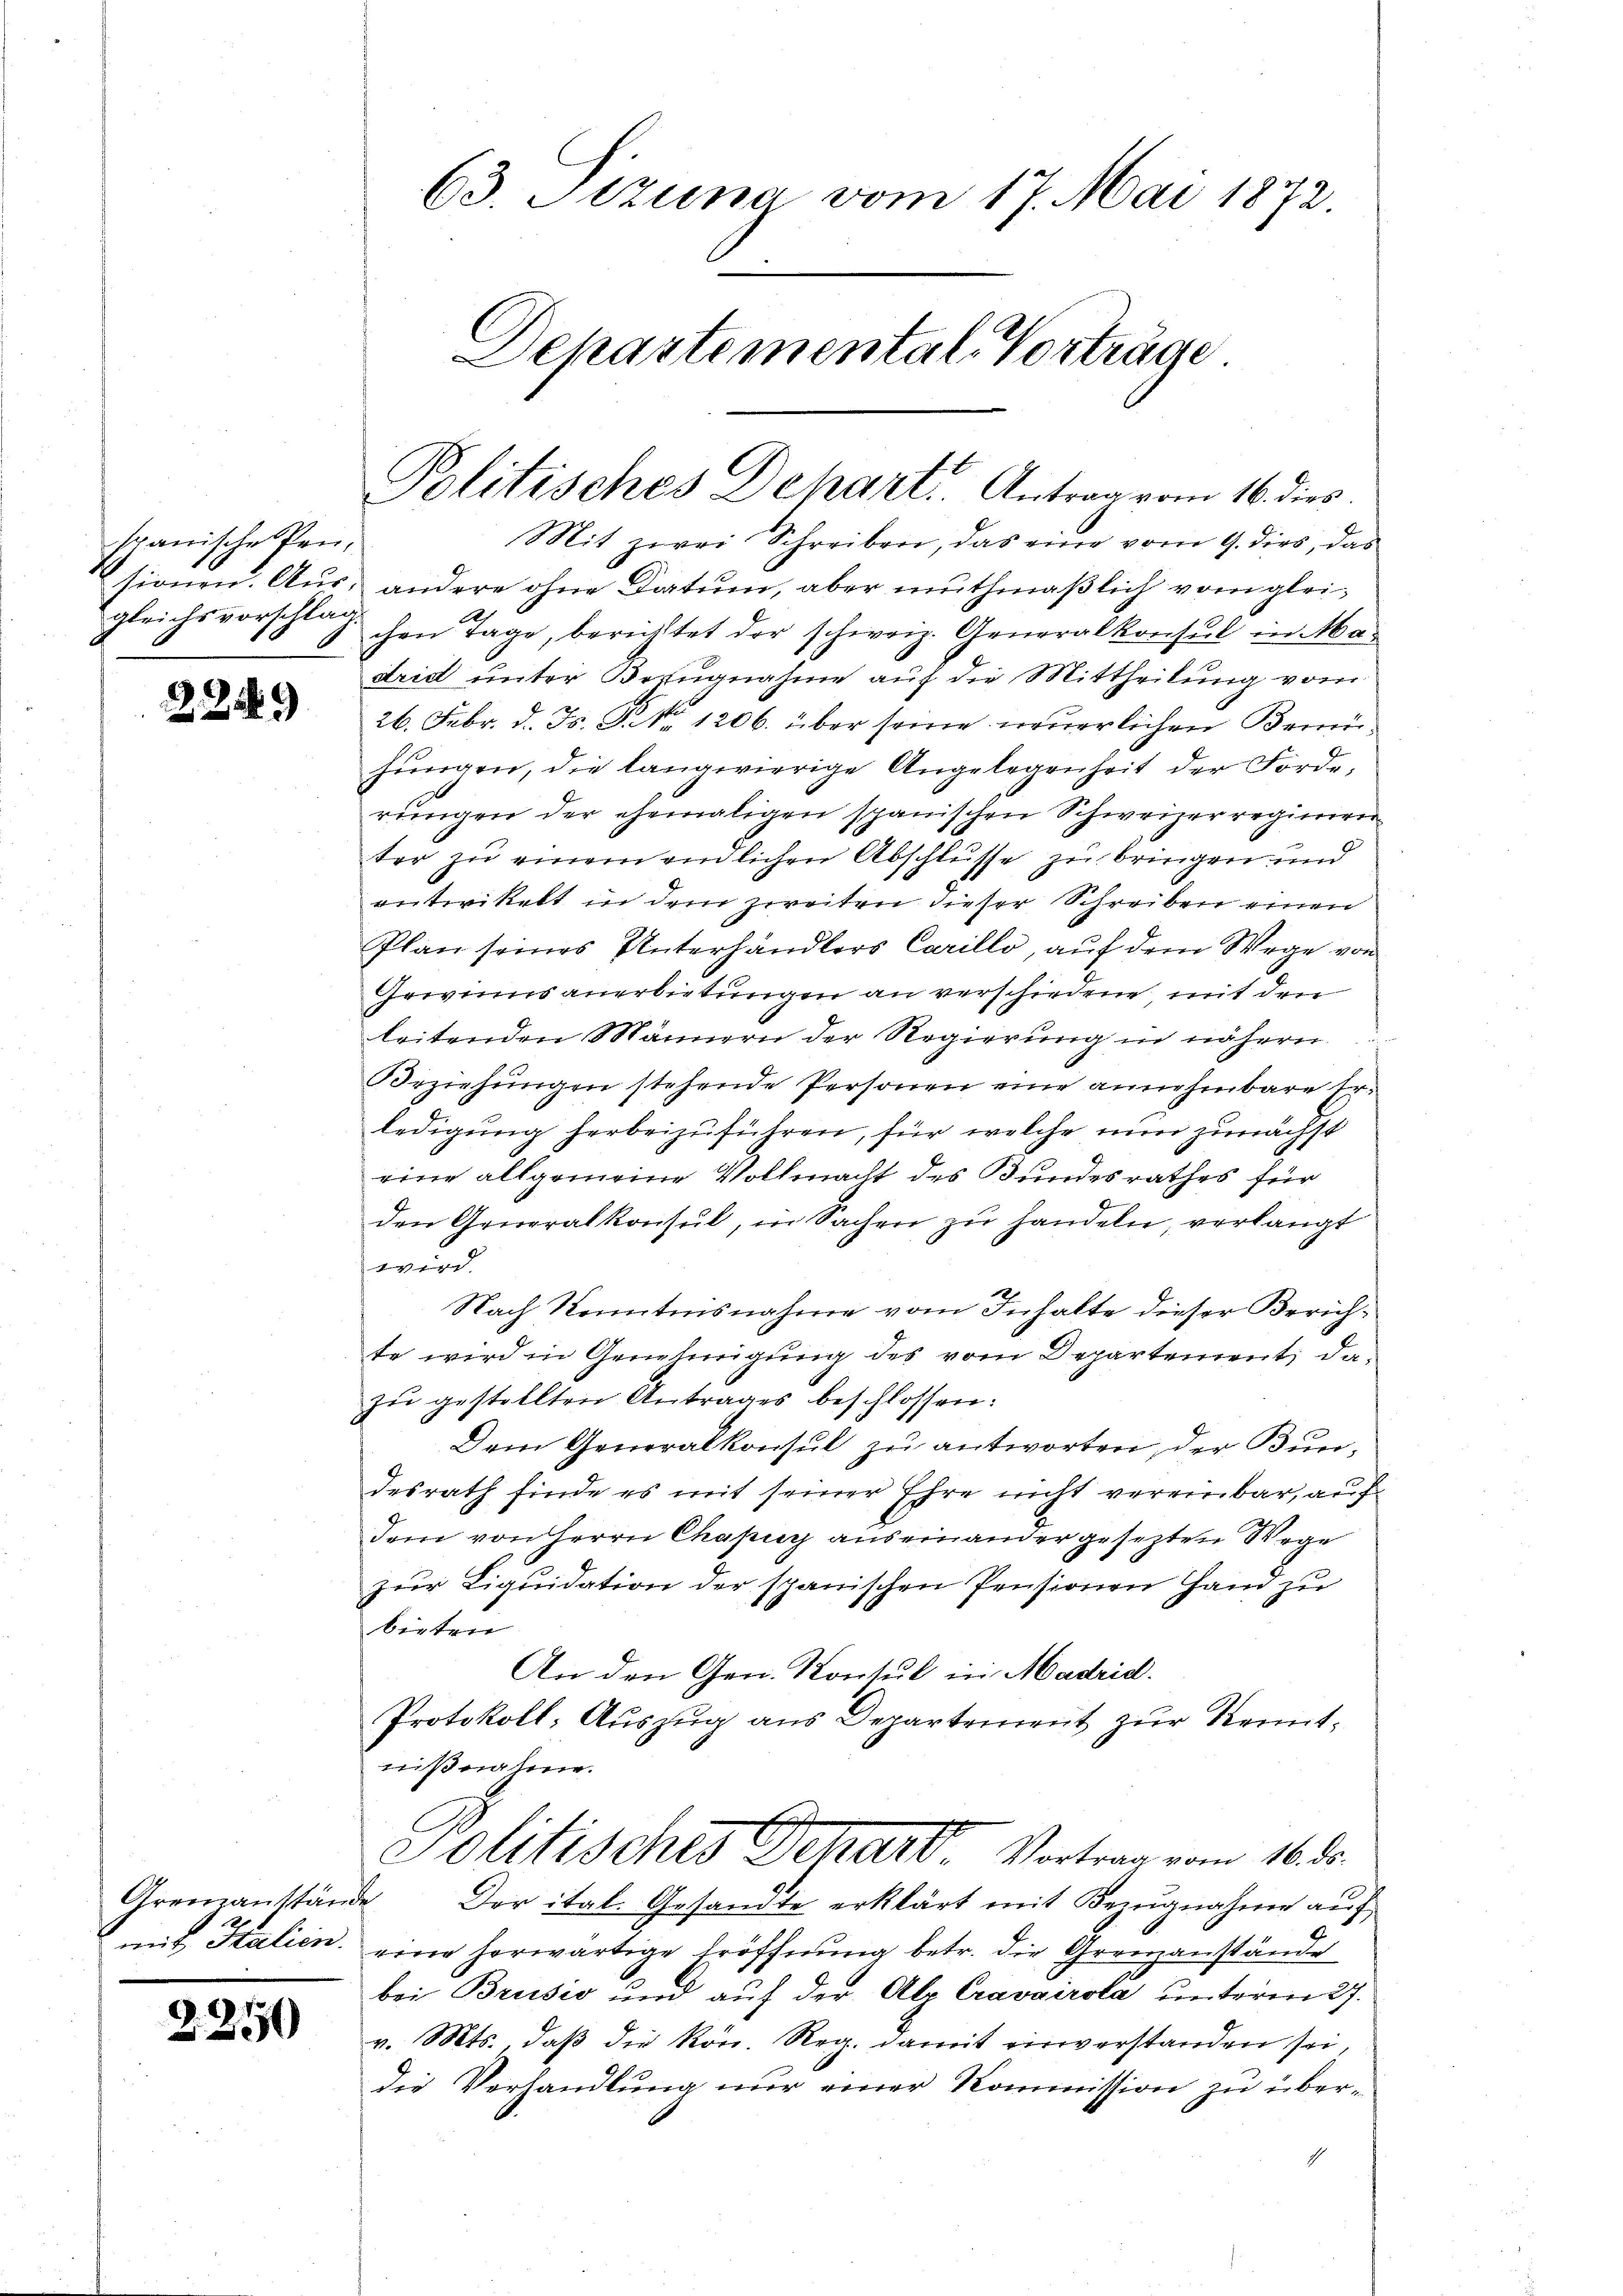
63. Szuna vom 17. Mai 1872.
Departemental-Vorträge.

Politisches Depart. Antrag vom 16. dies

Mit zwei Schreiben, das eine vom 9. dies, das
andere ohne Datum, aber muthmaßlich vom glei¬
A.
gleichsvorschlag den Tage, berichtet der schweiz. Generalkonsul in Ma-
drid unter Bezugnahme auf die Mittheilung vom
26. Febr. d. Js. P. Nr. 1206. über seine neuerlichen Bemühŭngen, die langwierige Angelegenheit der Forde-
rungen der ehemaligen spanischen Schweizerregieren
ter zu einem endlichen Abschlusse zu bringen und
entwickelt in dem zweiten dieser Schreiben einen
Plan seines Unterhändlers Carillo, auf dem Wege von
Gewinns anerbietungen an verschiedene, mit den
leitenden Männern der Regierung in nähern
Beziehungen stehende Personen eine annehmbare Erledigung herbeizuführen, für welche nun zunächst
eine allgemeine Vollmacht des Bundesrathes für
den Generalkonsul, in Sachen zu handeln, verlangt
wird.
Nach Kenntnisnahme vom Inhalte dieser Zürichte wird in Genehmigung des vom Departement, da-
zŭ gestellten Antrages beschlossen:
Dem Generalkonsul zu antworten, der Bundesrath finde es mit seiner Ehre nicht vereinbar, auf
dem von Herrn Chasug auseinander gesetzten Wege
zur Liquidation der spanischen Pensionen Hand zu
bigten
An den Gen. Konsul in Madrid.
Protokoll: Auszug aus Departement zur Kenntnißnahme.
e
Politisches Schart Vortrag vom 16. d.
Der ital. Gesandte erklärt mit Bezugnahme auf
eine herwärtige Eröffnung betr. die Grenzanstände
bei Brusić und auf der Atr Cravairola unterm 27.
v. Mts., daβ die kön. Reg. damit einverstanden sei,
die Verhandlung nur einer Kommission zu übers

spanische Pensionen. Aus-

229)

Grenzanständ
mit Italien.

2250